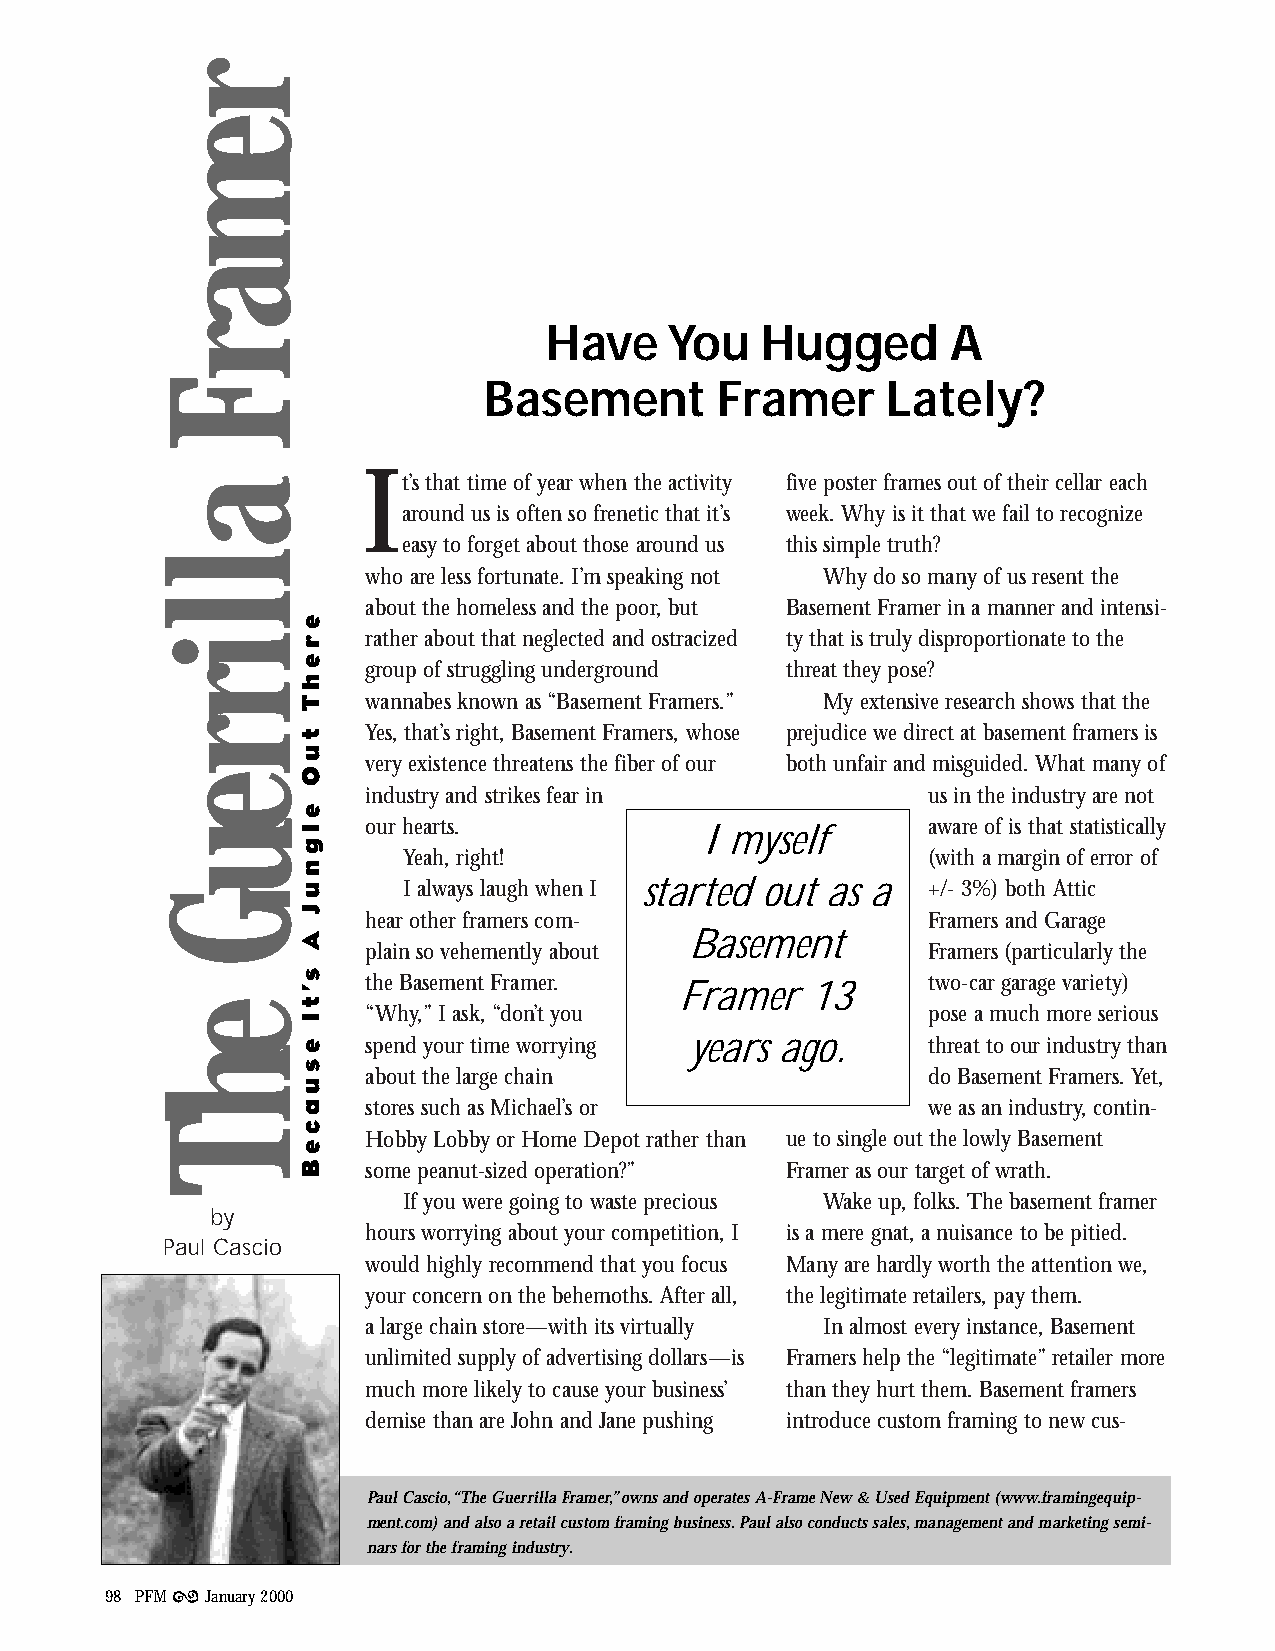
Have    You   Hugged       A
 Basement       Framer      Lately?
 It’s that time of year when the activity five poster frames out of their cellar each
 around us is often so frenetic that it’s week. Why is it that we fail to recognize
 easy to forget about those around us this simple truth?
 who are less fortunate. I’m speaking not Why do so many of us resent the
 about the homeless and the poor, but Basement Framer in a manner and intensi-
 rather about that neglected and ostracized ty that is truly disproportionate to the
 group of struggling underground threat they pose?
 wannabes known as “Basement Framers.” My extensive research shows that the
 Yes, that’s right, Basement Framers, whose prejudice we direct at basement framers is
 very existence threatens the fiber of our both unfair and misguided. What many of
 industry and strikes fear in         us in the industry are not
 our hearts.                          aware of is that statistically
 I myself
 Yeah, right!                      (with a margin of error of
 I always laugh when I started out as a +/- 3%) both Attic
 hear other framers com-              Framers and Garage
 Basement
 plain so vehemently about            Framers (particularly the
 the Basement Framer.                 two-car garage variety)
 Framer   13
 “Why,” I ask, “don’t you             pose a much more serious
 spend your time worrying years ago.  threat to our industry than
 about the large chain                do Basement Framers. Yet,
 stores such as Michael’s or          we as an industry, contin-
 Hobby Lobby or Home Depot rather than ue to single out the lowly Basement
 some peanut-sized operation?” Framer as our target of wrath.
 If you were going to waste precious Wake up, folks. The basement framer
 by
 hours worrying about your competition, I is a mere gnat, a nuisance to be pitied.
 Paul Cascio
 would highly recommend that you focus Many are hardly worth the attention we,
 your concern on the behemoths. After all, the legitimate retailers, pay them.
 a large chain store—with its virtually In almost every instance, Basement
 unlimited supply of advertising dollars—is Framers help the “legitimate” retailer more
 much more likely to cause your business’ than they hurt them. Basement framers
 demise than are John and Jane pushing introduce custom framing to new cus-
 Paul Cascio,“The Guerrilla Framer,”owns and operates A-Frame New & Used Equipment (www.framingequip-
 ment.com) and also a retail custom framing business.Paul also conducts sales,management and marketing semi-
 nars for the framing industry.
 i
 98 PFM January 2000
 remarF
 allirreuG
 ehT
 erehT
 tuO
 elgnuJ
 A
 s’tI
 esuaceB